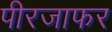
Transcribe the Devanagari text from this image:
पीरजाफर